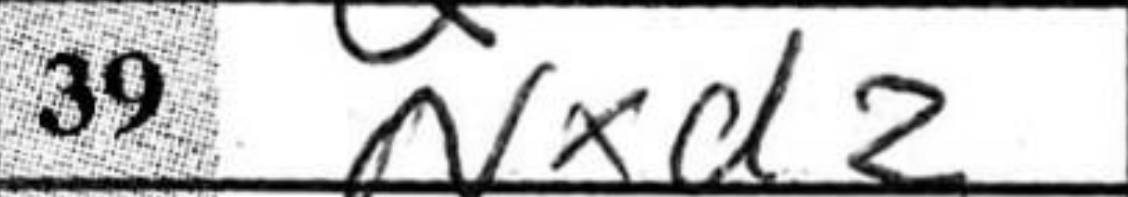
Transcription: Nxd2